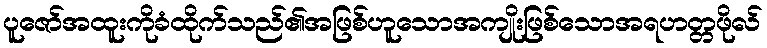
ပူဇော်အထူးကိုခံထိုက်သည်၏အဖြစ်ဟူသောအကျိုးဖြစ်သောအရဟတ္တဖိုလ်